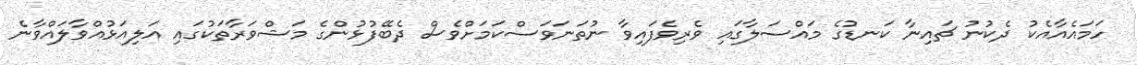
ހަމައެއާއެކު ދެކުނު ޗައިނާ ކަނޑުގެ މައްސަލާގައި ވެރިވެފައިވާ ނުތަނަވަސްކަމަށްވެސް ދެބޭފުޅުންގެ މަޝްވަރާތަކުގައި އަލިއަޅުއްވާލައްވާނެ